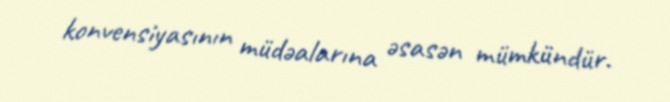
konvensiyasının müdəalarına əsasən mümkündür.